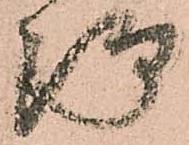
論